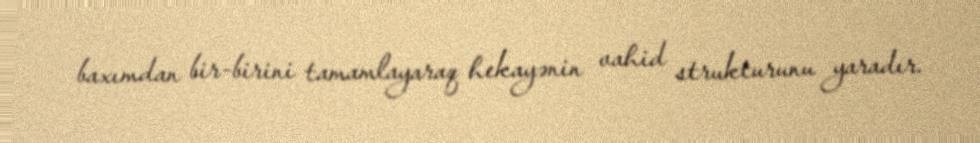
baxımdan bir-birini tamamlayaraq hekayənin vahid strukturunu yaradır.